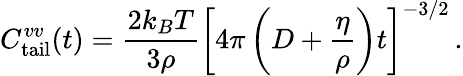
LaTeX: C_{\mathrm{tail}}^{vv}(t)=\frac{2k_{B}T}{3\rho}\left[4\pi\left(D+\frac{\eta}{\rho}\right)t\right]^{-3/2}\, .